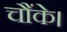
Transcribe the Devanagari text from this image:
चौंके।